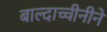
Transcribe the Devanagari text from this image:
बाल्दाच्चीनीने